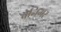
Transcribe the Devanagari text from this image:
बेनिगर